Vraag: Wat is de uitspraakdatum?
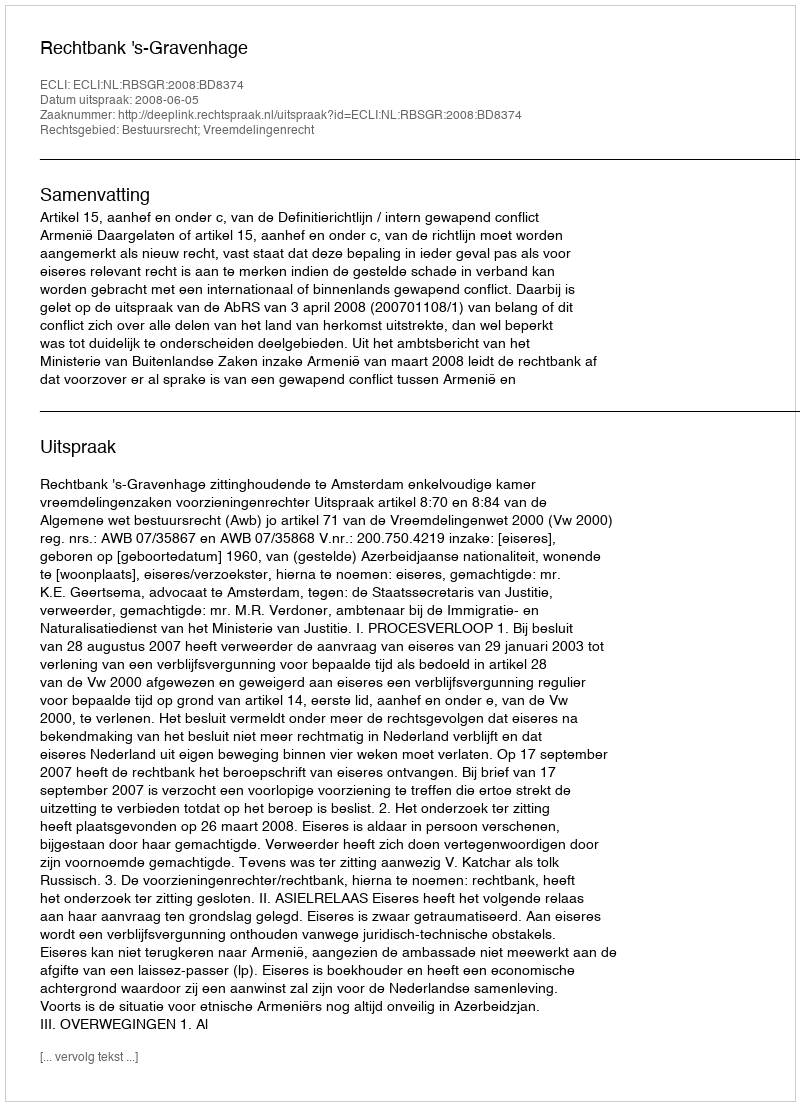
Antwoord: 2008-06-05